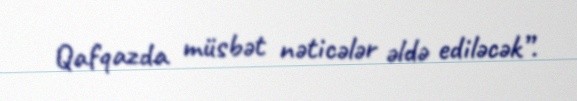
Qafqazda müsbət nəticələr əldə ediləcək”.